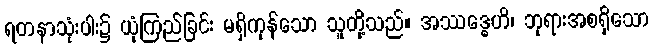
ရတနာသုံးပါး၌ ယုံကြည်ခြင်း မရှိကုန်သော သူတို့သည်။ အဿဒ္ဓေဟိ၊ ဘုရားအစရှိသော